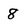
Character: 8